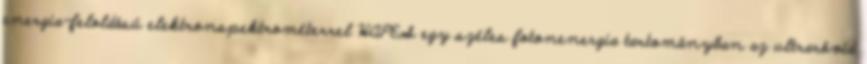
energia-feloldású elektronspektrométerrel HAPES egy széles fotonenergia tartományban az ultrarövid